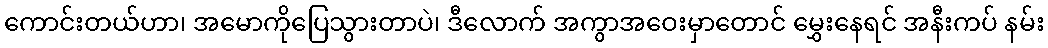
ကောင်းတယ်ဟာ၊ အမောကိုပြေသွားတာပဲ၊ ဒီလောက် အကွာအဝေးမှာတောင် မွှေးနေရင် အနီးကပ် နမ်း